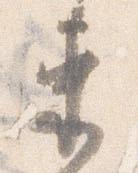
束